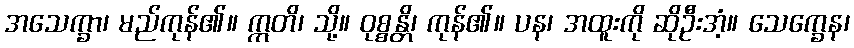
အသေက္ခာ၊ မည်ကုန်၏။ ဣတိ၊ သို့။ ဝုစ္စန္တိ၊ ကုန်၏။ ပန၊ အထူးကို ဆိုဦးအံ့။ သေက္ခေန၊